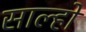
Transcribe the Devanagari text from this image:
साल्हों